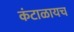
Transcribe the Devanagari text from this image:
कंटाळायच